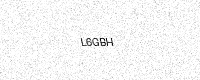
Text: L6GBH